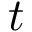
t